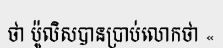
ថា ប៉ូលិសបានប្រាប់លោកថា «